Lunatic asylums Central Provinces reports 1886-1894 - 1886-1894
Year: 1886
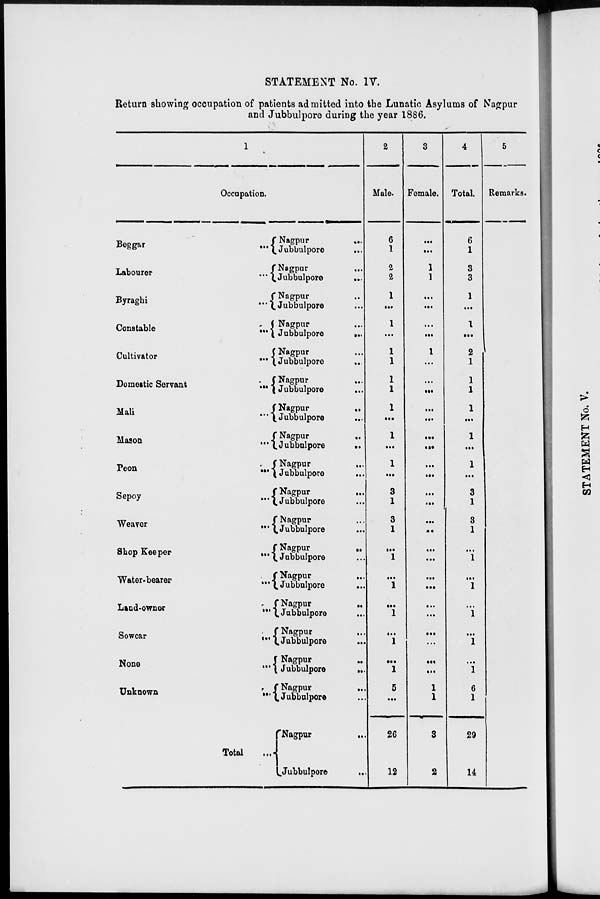
STATEMENT No. IV.
Return showing occupation of patients admitted into the Lunatic Asylums of Nagpur
and Jubbulpore during the year 1886.
1
Occupation.
Beggar
...
Labourer
...
Byraghi
...
Constable
...
Cultivator
...
Domestic Servant
...
Mali
...
Mason
...
Peon
...
Sepoy ...
Weaver
...
Shop Keeper ...
Water-bearer
...
Land-owner
...
Sowcar
...
None
...
Unknown
...
Total ....
Nagpur
...
Jubbulpore
...
Nagpur ...
Jubbulpore
...
Nagpur ...
Jubbulpore ...
Nagpur ...
Jubbulpore
...
Nagpur ...
Jubbulpore
...
Nagpur ...
Jubbulpore ...
Nagpur ...
Jubbulpore ...
Nagpur
...
Jubbulpore
...
Nagpur ...
Jubbulpore
...
Nagpur
...
Jubbulpore ...
Nagpur ...
Jubbulpore ...
Nagpur
...
Jubbulpore ...
Nagpur ...
Jubbulpore ...
Nagpur ...
Jubbulpore ...
Nagpur ...
Jubbulpore ...
Nagpur ...
Jubbulpore
...
Nagpur ...
Jubbulpore ...
Nagpur
...
Jubbulpore
...
2
Male.
6
1
2
2
1
...
1
...
1
1
1
1
1
...
1
...
1
...
3
1
3
1
...
1
...
1
...
1
...
1
...
1
5
...
26
12
3
Female.
...
...
1
1
...
...
...
...
1
...
...
...
...
...
...
...
...
...
...
...
...
...
...
...
...
...
...
...
...
...
...
...
1
1
3
2
4
Total.
6
1
3
3
1
...
1
...
2
1
1
1
1
...
1
...
1
...
3
1
3
1
...
1
...
1
...
1
...
1
...
1
6
1
29
14
5
Remarks.